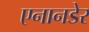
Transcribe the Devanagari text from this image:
एनानडेर